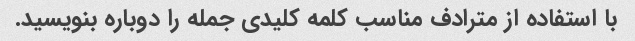
با استفاده از مترادف مناسب کلمه کلیدی جمله را دوباره بنویسید.